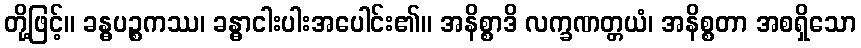
တို့ဖြင့်။ ခန္ဓပဉ္စကဿ၊ ခန္ဓာငါးပါးအပေါင်း၏။ အနိစ္စာဒိ လက္ခဏတ္တယံ၊ အနိစ္စတာ အစရှိသော